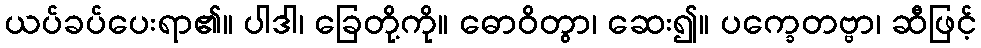
ယပ်ခပ်ပေးရာ၏။ ပါဒါ၊ ခြေတို့ကို။ ဓောဝိတွာ၊ ဆေး၍။ ပက္ခေတဗ္ဗာ၊ ဆီဖြင့်